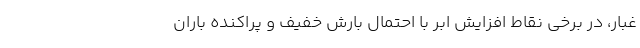
غبار، در برخی نقاط افزایش ابر با احتمال بارش خفیف و پراکنده باران